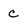
Character: c